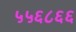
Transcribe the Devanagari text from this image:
५५६८६६